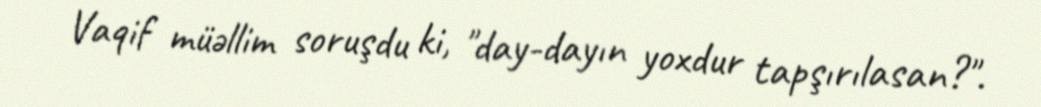
Vaqif müəllim soruşdu ki, "day-dayın yoxdur tapşırılasan?".